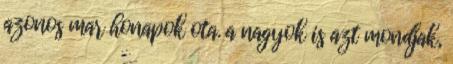
azonos mar honapok ota. a nagyok is azt mondjak,